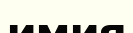
имия